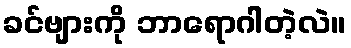
ခင်ဗျားကို ဘာရောဂါတဲ့လဲ။